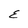
Character: E